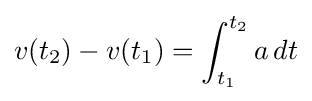
v(t_{2})-v(t_{1})=\int _{t_{1}}^{t_{2}}{a}\,dt